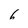
Character: 6